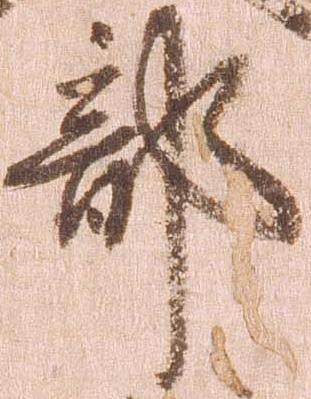
部